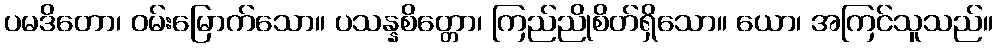
ပမဒိတော၊ ဝမ်းမြောက်သော။ ပသန္နစိတ္တော၊ ကြည်ညိုစိတ်ရှိသော။ ယော၊ အကြင်သူသည်။